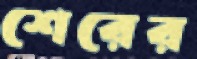
শেরের